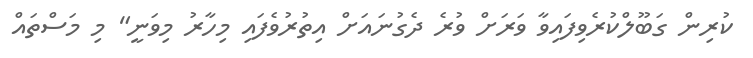
ކުރިން ގަބޫލްކުރެވިފައިވާ ވަރަށް ވުރެ ދެގުނައަށް އިތުރުވެފައި މިހާރު މިވަނީ" މި މަސްތައް